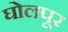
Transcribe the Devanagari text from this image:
घोलपूर